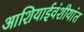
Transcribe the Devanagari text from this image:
आशियाईवंशीयांत